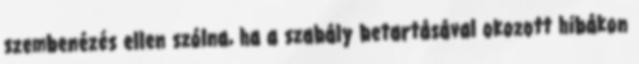
szembenézés ellen szólna, ha a szabály betartásával okozott hibákon